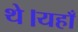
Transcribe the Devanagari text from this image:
थे।यहाँ